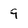
Character: 9